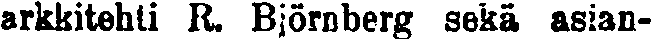
arkkitehti R. Björnberg sekä asian-